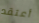
أعتقد